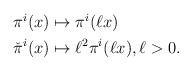
LaTeX: \begin{align*}\begin{aligned} \pi^i(x) & \mapsto \pi^i(\ell x) \\ \check{\pi}^i(x) & \mapsto \ell^2 \pi^i(\ell x), \ell > 0.\end{aligned} \end{align*}